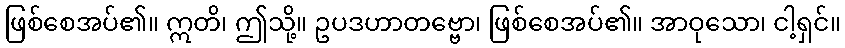
ဖြစ်စေအပ်၏။ ဣတိ၊ ဤသို့။ ဥပဒဟာတဗ္ဗော၊ ဖြစ်စေအပ်၏။ အာဝုသော၊ ငါ့ရှင်။